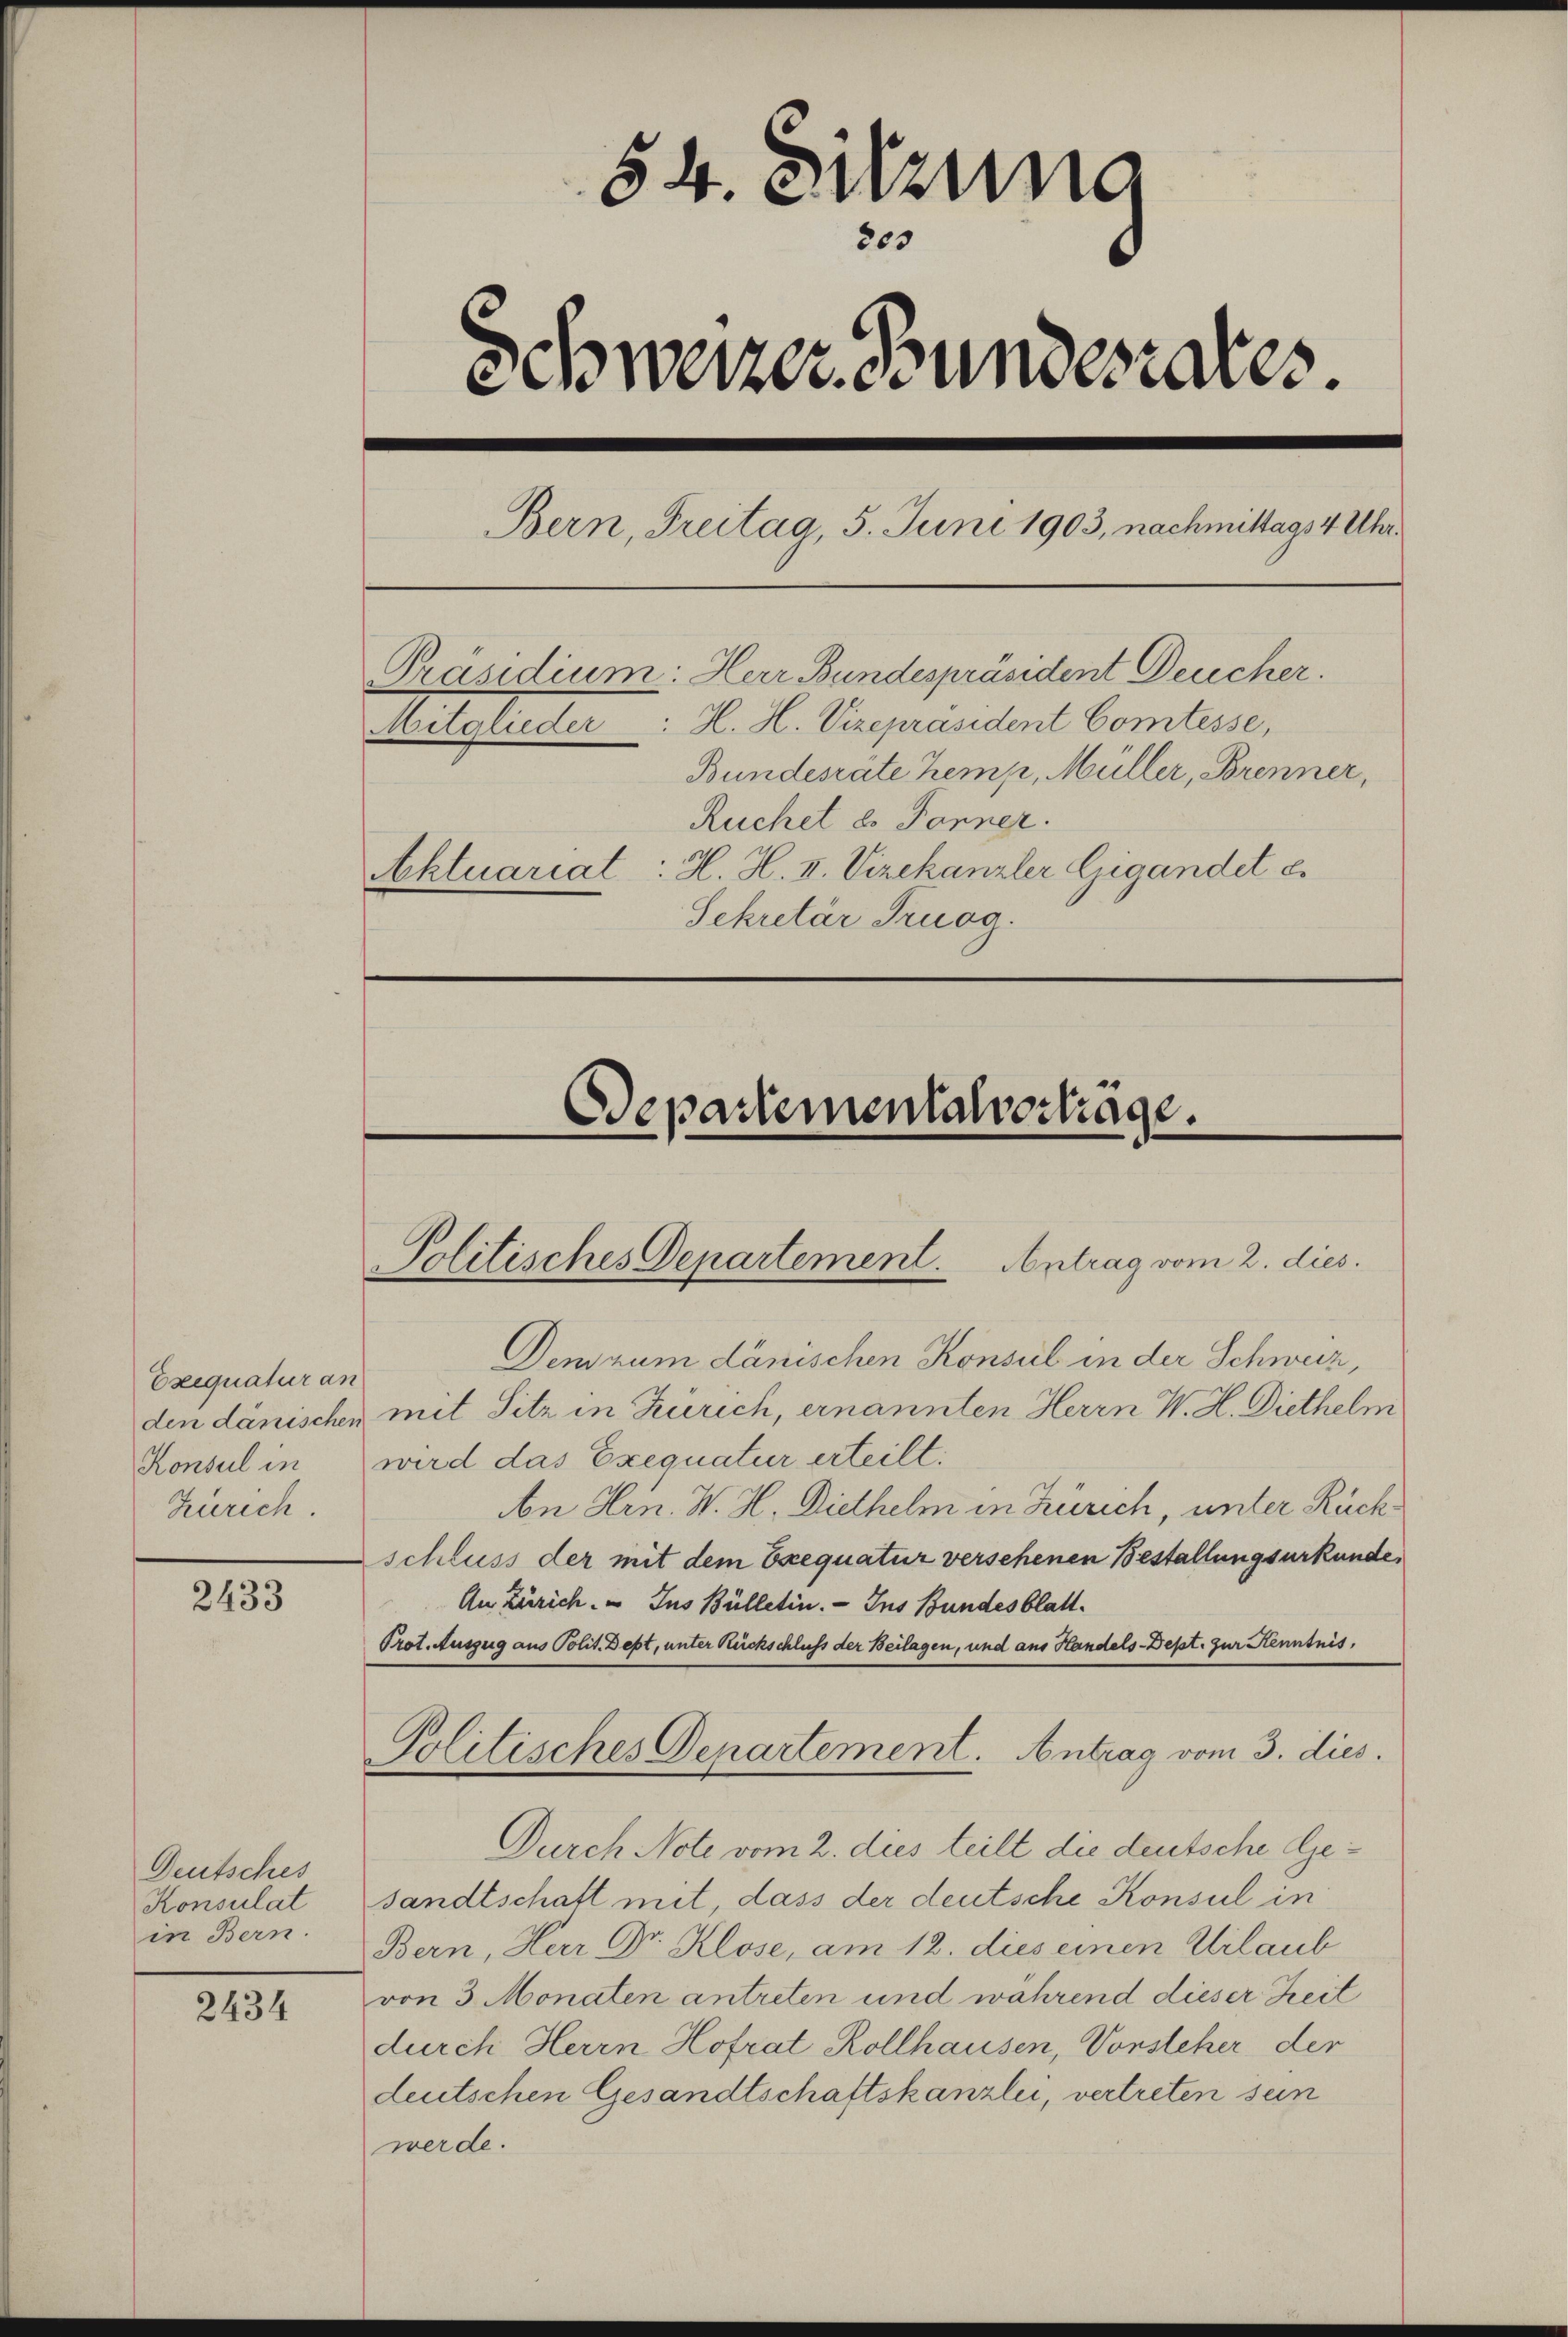
Exequatur an
den dänischen
Konsul in
Zürich.

2433

Deutsches
Konsulat
in Bern.

2434

54. Sitzung
65
Schweizer Grundesrates.

Bern, Freitag, 5. Juni 1903, nachmittags 4 Uhr.
Präsidium: Herr Bundespräsident Deucher.
Mitglieder : H. H. Vizepräsident Comtesse,
Bundesrate Kemp, Müller, Brenner,
Ruchet d. Forner.
Aktuariat : H. H. II. Vizekanzler Gigandet es
Sekretär Truog.

Politisches Departement. Antrag vom 2. dies.

Departementalvertrage.

Den zum Länischen Konsul in der Schweiz,
mit Sitz in Zürich, ernannten Herrn W. H. Diethelm
wird das Exequatur erteilt.
An Hrn. W. H. Diethelm in Zürich, unter Rückschluss der mit dem Exequatur versehenen Bestallungsurkunde,
An Zürich. - Ins Bülletin. - Ins Bundesblatt.
Prot. Auszug aus Polit. Dept, unter Rückschluß der Beilagen, und aus Handels-Dept. zur Kenntnis.
Politisches Departement. Antrag vom 3. dies.
Durch Note vom 2. dies teilt die deutsche Gesandtschaft mit dass der deutsche Konsul in
Bern, Herr Dr. Klose, am 12. dies einen Urlaub
von 3 Monaten antreten und während dieser Zeit
durch Herrn Hofrat Rollhausen, Vorsteher der
deutschen Gesandtschaftskanzlei, vertreten sein
werde.